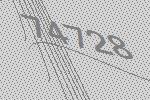
74728